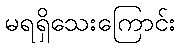
မရရှိသေးကြောင်း